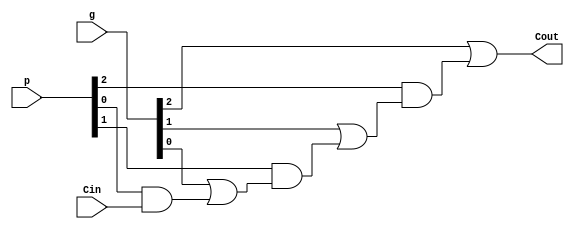
`timescale 1ns / 1ps
//////////////////////////////////////////////////////////////////////////////////
// Company: 
// Engineer: 
// 
// Design Name: 
// Module Name:    Carry_Block_3 
// Project Name: 
// Target Devices: 
// Tool versions: 
// Description: 
//
// Dependencies: 
//
// Revision: 
// Revision 0.01 - File Created
// Additional Comments: 
//
//////////////////////////////////////////////////////////////////////////////////
module Carry_Block_3(
    output Cout,
    input [3:0] p,
    input [3:0] g,
    input Cin
    );
	 
	 assign Cout = g[2] | 
			(p[2] & (g[1] | 
			(p[1] & (g[0] | (p[0] & Cin)))));			//c3 = g2 + (p2*g1) + (p2*p1*g0) + (p2*p1*p0*c0)

endmodule